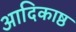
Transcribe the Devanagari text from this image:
आदिकाष्ठ